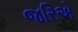
જરિએ